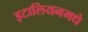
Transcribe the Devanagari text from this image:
इटालियनमधे